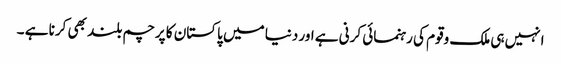
انہیں ہی ملک وقوم کی رہنمائی کرنی ہے اور دنیا میں پاکستان کا پرچم بلند بھی کرنا ہے ۔